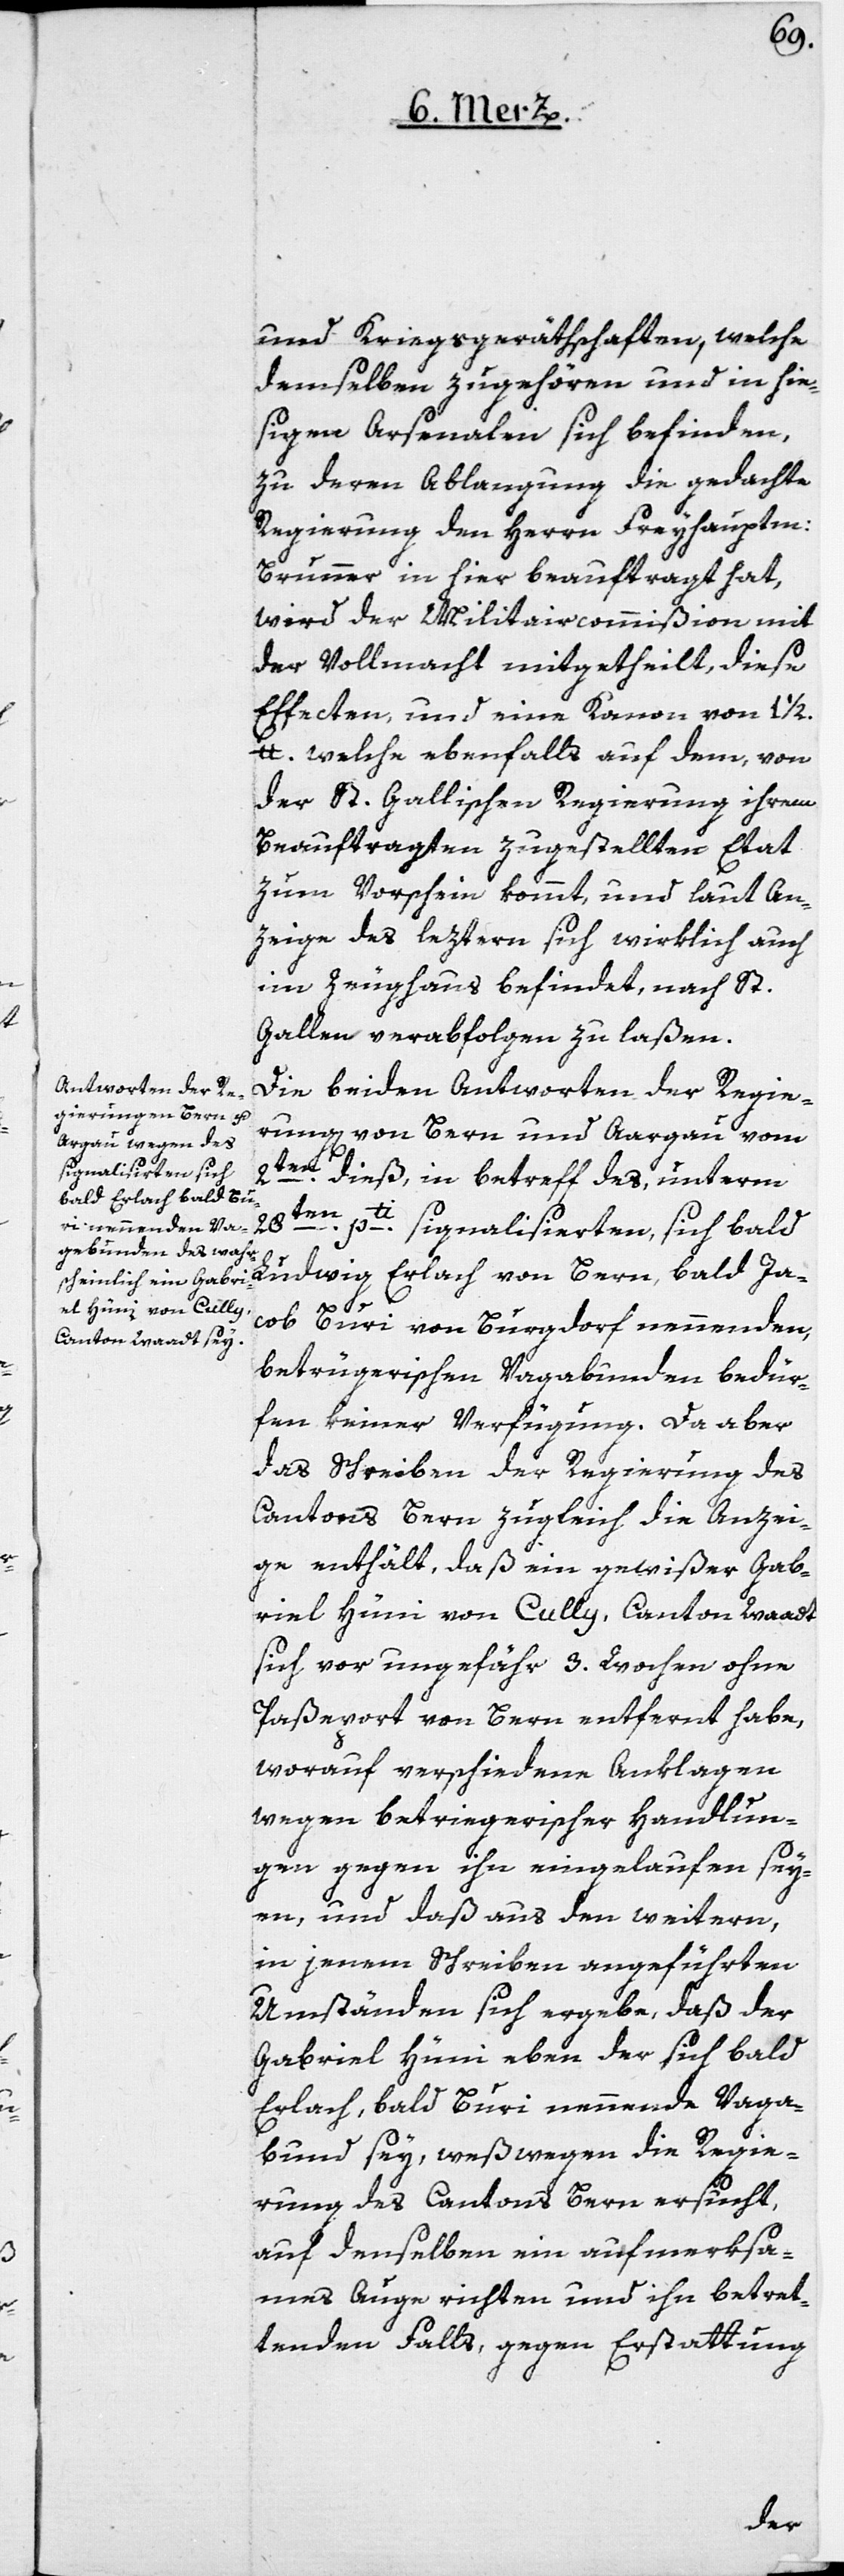
und Kriegsgeräthschaften, welche
demselben zugehören und in hie¬
ßigen Arsenalen sich befinden,
zu deren Ablangung die gedachte
Regierung den Herrn Freyhauptm:
Brunner in hier beauftragt hat,
wird der Militaircommißion mit
der Vollmacht mitgetheilt, diese
Effecten, und eine Kanon von 1 1/2
lb. welche ebenfalls auf dem, von
der St. Gallischen Regierung ihrem
Beauftragten zugestellten Etat
zum Vorschein kommt, und laut An¬
zeige des letztern sich wirklich auch
im Zeughaus befindet, nach St.
Gallen verabfolgen zu laßen.
Die beiden Antworten der Regie¬
rung von Bern und Aargau vom
2ten dieß, in Betreff des, unterm
28ten
pti signalisierten, sich bald
Ludwig Erlach von Bern, bald Ja¬
cob Buri von Burgdorf nennenden,
betrügerischen Vagabunden, bedür¬
fen keiner Verfügung. Da aber
das Schreiben der Regierung des
Cantons Bern zugleich die Anzei¬
ge enthält, daß ein gewißer Gab¬
riel Hüni von Cully, Canton Waadt
sich vor ungefähr 3. Wochen ohne
Paßeport von Bern entfernt habe,
worauf verschiedene Anklagen
wegen betriegerischer Handlun¬
gen gegen ihn eingelaufen sey¬
en, und daß aus den weitern,
in jenem Schreiben angeführten
Umständen sich ergebe, daß der
Gabriel Hüni eben der sich bald
Erlach, bald Buri nennende Vaga¬
bund sey, weßwegen die Regie¬
rung des Cantons Bern ersucht,
auf denselben ein aufmerksa¬
mes Auge richten und ihn betret¬
tenden Falls, gegen Erstattung